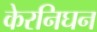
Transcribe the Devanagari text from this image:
केरनिघन